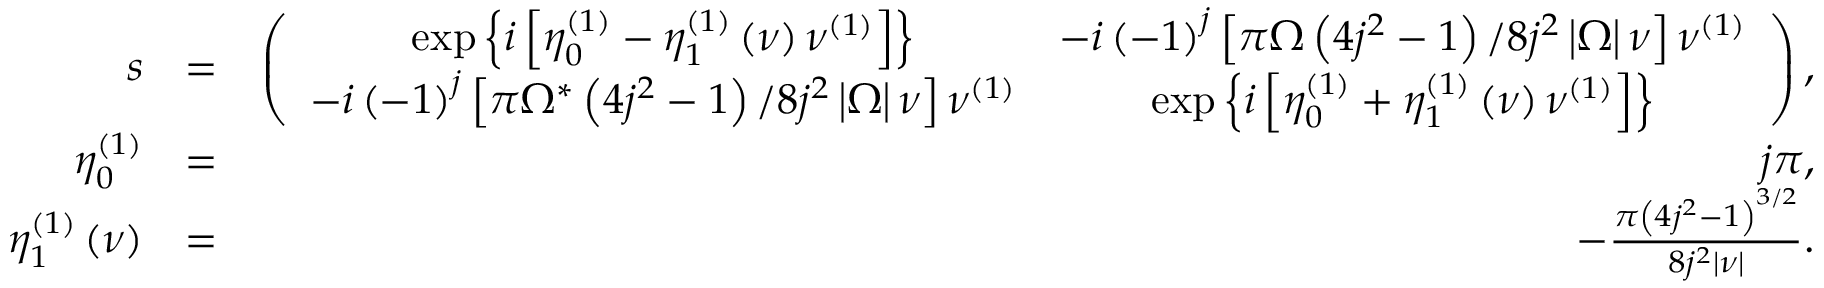
\begin{array} { r l r } { s } & { = } & { \left( \begin{array} { c c } { \exp \left\{ i \left[ \eta _ { 0 } ^ { \left( 1 \right) } - \eta _ { 1 } ^ { \left( 1 \right) } \left( \nu \right) \nu ^ { \left( 1 \right) } \right] \right\} } & { - i \left( - 1 \right) ^ { j } \left[ \pi \Omega \left( 4 j ^ { 2 } - 1 \right) / 8 j ^ { 2 } \left\vert \Omega \right\vert \nu \right] \nu ^ { \left( 1 \right) } } \\ { - i \left( - 1 \right) ^ { j } \left[ \pi \Omega ^ { \ast } \left( 4 j ^ { 2 } - 1 \right) / 8 j ^ { 2 } \left\vert \Omega \right\vert \nu \right] \nu ^ { \left( 1 \right) } } & { \exp \left\{ i \left[ \eta _ { 0 } ^ { \left( 1 \right) } + \eta _ { 1 } ^ { \left( 1 \right) } \left( \nu \right) \nu ^ { \left( 1 \right) } \right] \right\} } \end{array} \right) , } \\ { \eta _ { 0 } ^ { \left( 1 \right) } } & { = } & { j \pi , } \\ { \eta _ { 1 } ^ { \left( 1 \right) } \left( \nu \right) } & { = } & { - \frac { \pi \left( 4 j ^ { 2 } - 1 \right) ^ { 3 / 2 } } { 8 j ^ { 2 } \left\vert \nu \right\vert } . } \end{array}